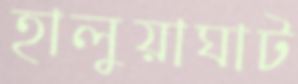
হালুয়াঘাট